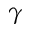
\gamma